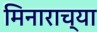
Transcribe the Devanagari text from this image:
मिनाराच्या